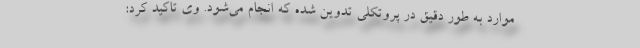
موارد به طور دقیق در پروتکلی تدوین شده که انجام می‌شود. وی تاکید کرد: